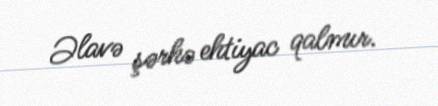
Əlavə şərhə ehtiyac qalmır.